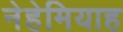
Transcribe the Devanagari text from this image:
नेहेमियाह